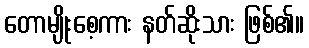
တောမျိုးစေ့ကား နတ်ဆိုးသား ဖြစ်၏။